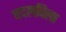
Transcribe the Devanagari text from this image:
बदलविला